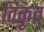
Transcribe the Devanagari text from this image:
विकृत्